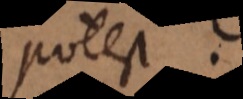
potest.